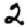
Digit: 2